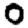
Digit: 0